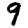
Digit: 9